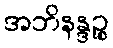
အဘိနန္ဒဉ္စ